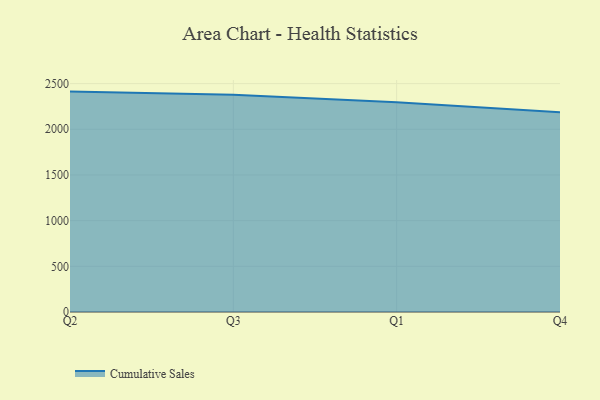
{"axis": {"x": "Quarter", "y": "Customer Acquisition Cost (USD)"}, "legend": ["Cumulative Sales"], "data": [{"x": "Q2", "y": 2412.6, "type": "Cumulative Sales"}, {"x": "Q3", "y": 2377.1, "type": "Cumulative Sales"}, {"x": "Q1", "y": 2295.9, "type": "Cumulative Sales"}, {"x": "Q4", "y": 2185.4, "type": "Cumulative Sales"}]}